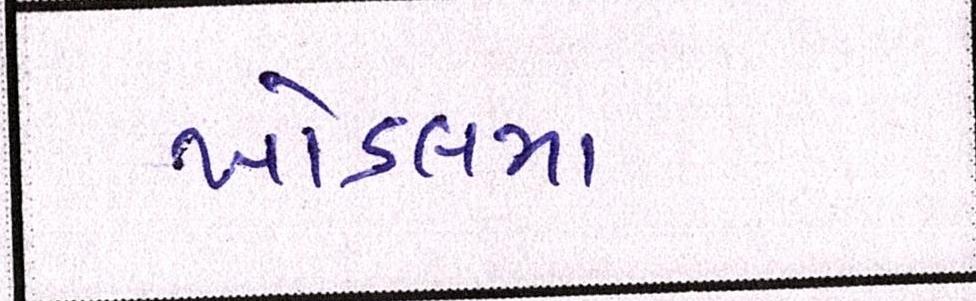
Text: ખોડલમા